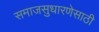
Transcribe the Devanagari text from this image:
समाजसुधारणेसाठी